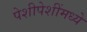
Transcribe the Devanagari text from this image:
पेशीपेशींमध्ये